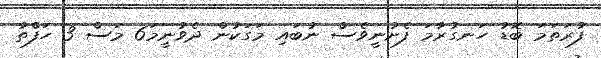
ފުރަތަމަ ބޮޑު ހަނގުރާމަ ފެށުނީވެސް ނުބައި މަގަކުން ދެވުނީމަ6 މަސް 3 ހަފްތާ